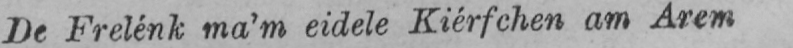
De Frelénk ma’m eidele Kiérfchen am Arem